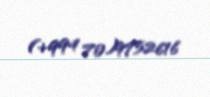
(+994 70)9752616